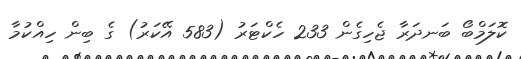
ކޮލަމްބޯ ބަނދަރާ ޖެހިގެން 233 ހެކްޓަރު (583 އޭކަރު) ގެ ބިން ހިއްކުމާ